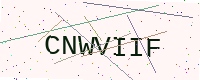
Text: CNWVIIF